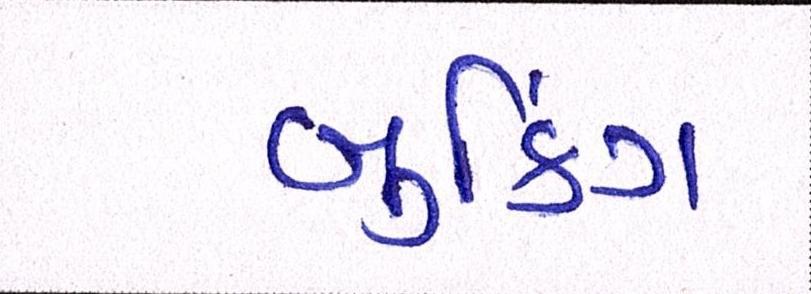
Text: બુકિંગ